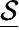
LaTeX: \underline{{\mathcal{S}}}